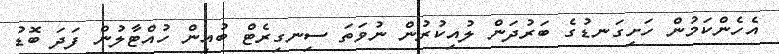
އެހެންކަމުން ހަށިގަނޑުގެ ބަރުދަން ލުއިކުރުން ނުވަތަ ސިނގިރެޓް ބުއިން ހުއްޓާލުން ފަދަ ބޮޑު